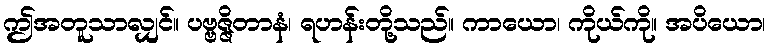
ဤအတူသာလျှင်။ ပဗ္ဗဇ္ဇိတာနံ၊ ရဟန်းတို့သည်။ ကာယော၊ ကိုယ်ကို။ အပိယော၊